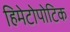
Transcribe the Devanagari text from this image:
हिमेटोपोटिक